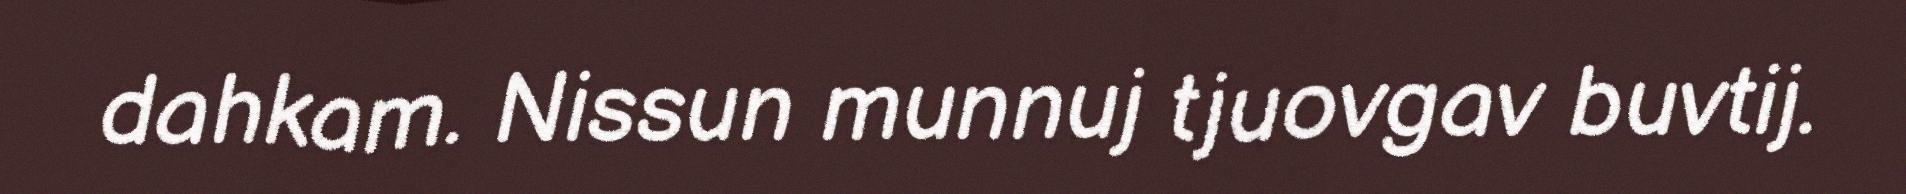
dahkam. Nissun munnuj tjuovgav buvtij.